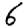
Digit: 6